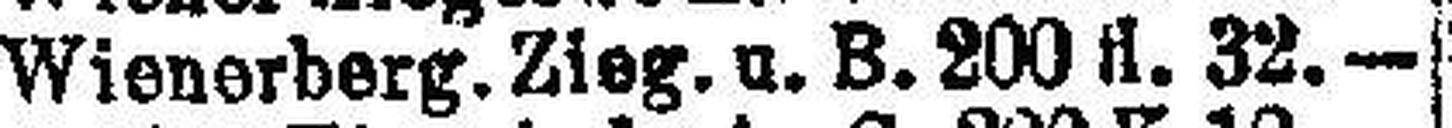
Wienerberg. Zieg. u. B. 200 fl. 32.—